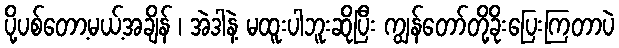
ပို့ပစ်တော့မယ့်အချိန် ၊ အဲဒါနဲ့ မထူးပါဘူးဆိုပြီး ကျွန်တော်တို့ခိုးပြေးကြတာပဲ